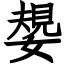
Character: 嫢